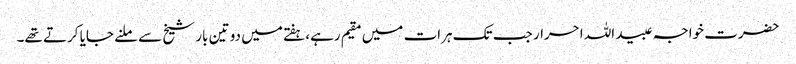
حضرت خواجہ عبید اللہ احرار جب تک ہرات میں مقیم رہے، ہفتے میں دو تین بار شیخ سے ملنے جایا کرتے تھے۔